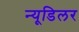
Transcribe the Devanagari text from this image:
न्यूडिलर